Document type: Sale
Year: 1305
Scribe: Bernat de Vilarúbia
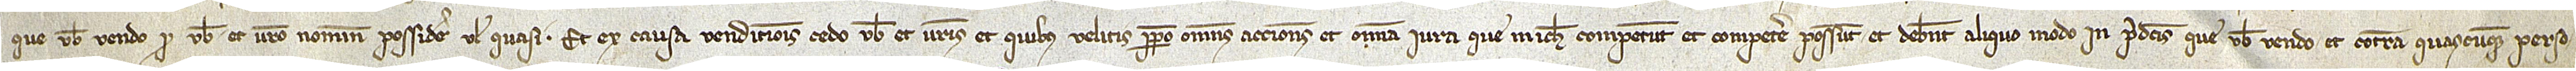
que vobis vendo pro vobis et vestro nomine possidere vel quasi. Et ex causa venditionis cedo vobis et vestris et quibus velitis perpetuo omnes actiones et omnia iura que michi competunt et competere possunt et debent aliquo modo in predictis que vobis vendo et contra quascumque perso-